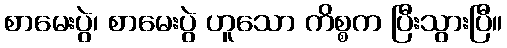
စာမေးပွဲ၊ စာမေးပွဲ ဟူသော ကိစ္စက ပြီးသွားပြီ။